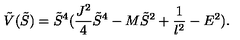
\tilde { V } ( \tilde { S } ) = \tilde { S } ^ { 4 } ( \frac { J ^ { 2 } } { 4 } \tilde { S } ^ { 4 } - M \tilde { S } ^ { 2 } + \frac { 1 } { l ^ { 2 } } - E ^ { 2 } ) .